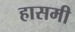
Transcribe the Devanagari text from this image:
हासमी